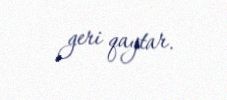
geri qaytar.